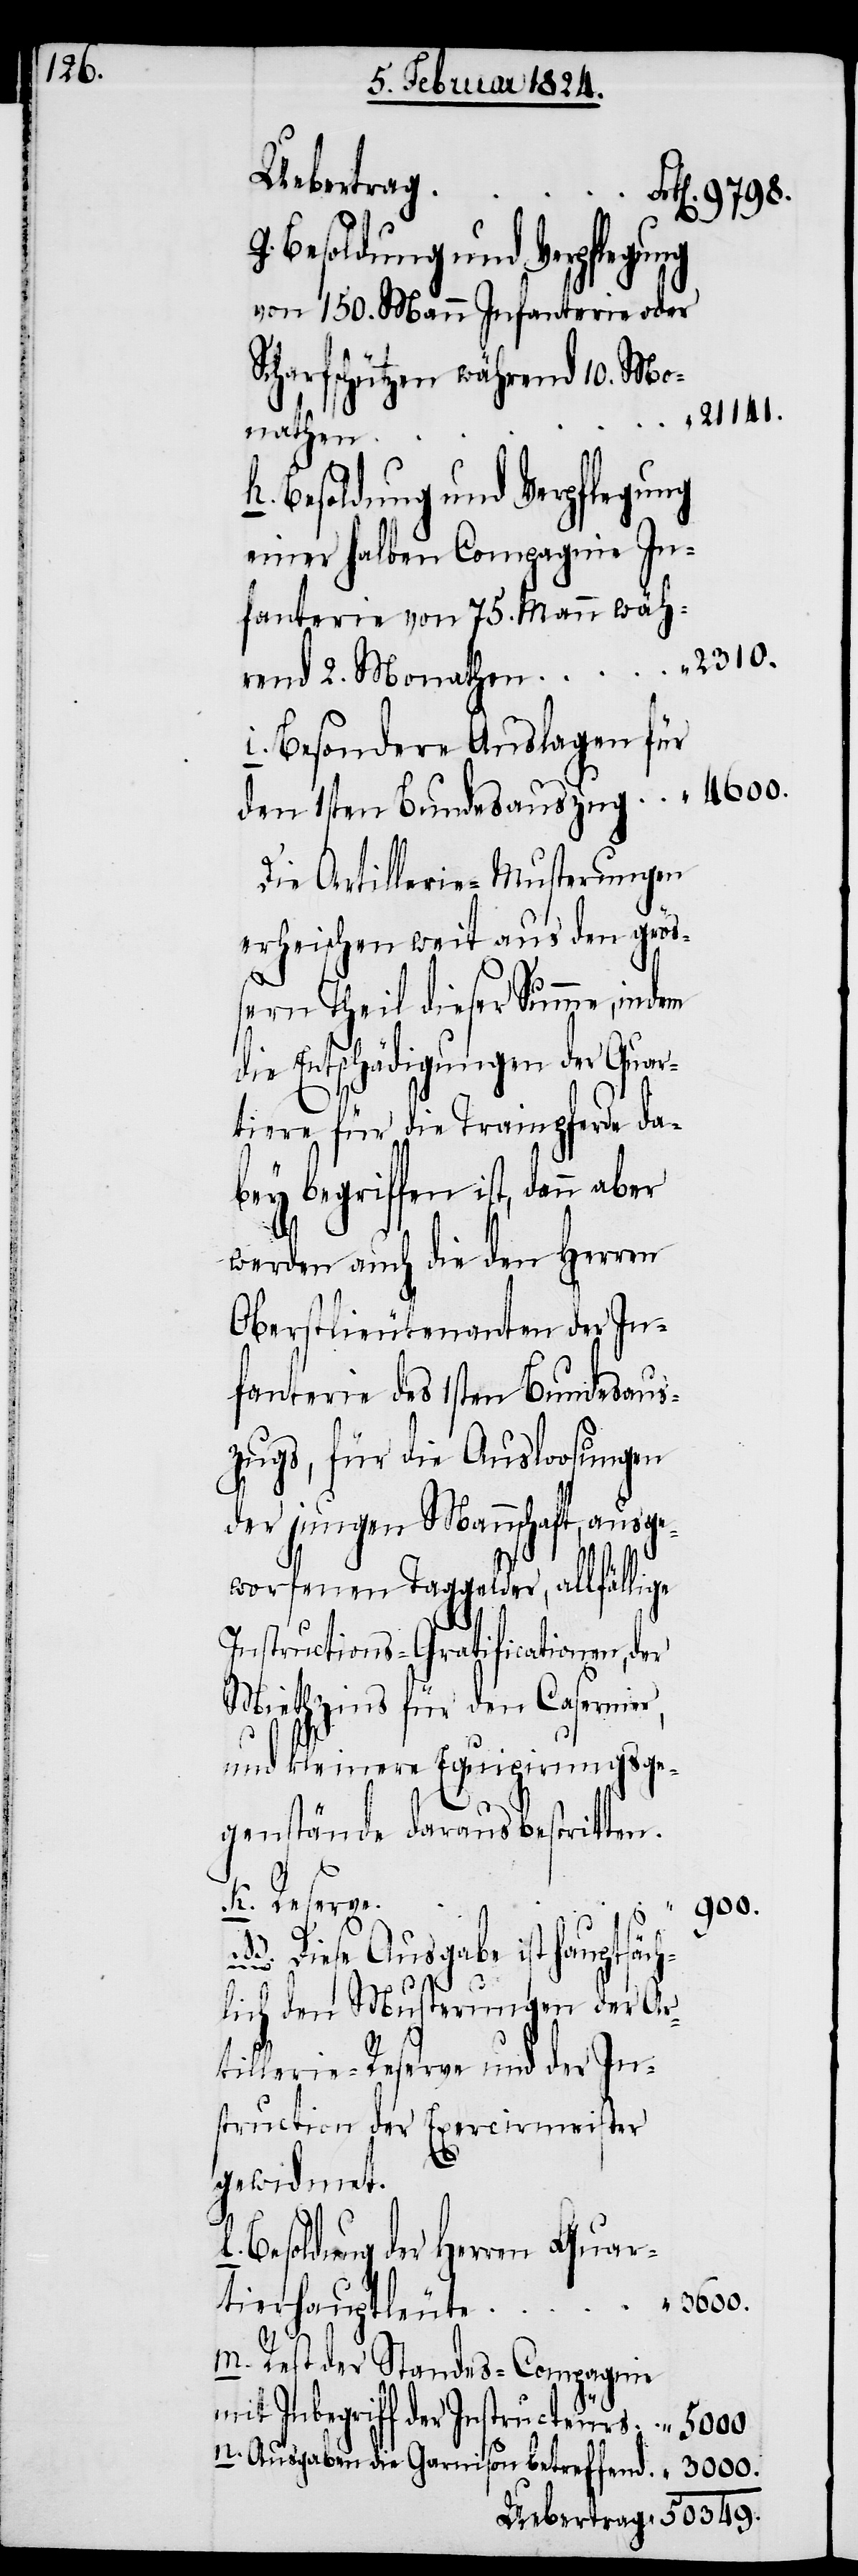
Uebertrag
Besoldung und Verpflegung
von 150. Mann Infanterie oder
Scharfschützen während 10. Mo¬
21141.
nathen
Besoldung und Verpflegung
einer halben Compagnie In¬
fanterie von 75. Mann wäh¬
Besondere Auslagen für
den 1sten Bundesauszug
Die Artillerie-Musterungen
erheischen weit aus den größ¬
ern Theil dieser Summe, indem
die Entschädigung der Quar¬
tiere für die Trainpferde da¬
bey begriffen ist, dann
werden auch die den Herren
Oberstlieutenant der In¬
fanterie des 1sten Bundesaus¬
zugs, für die Ausloosungen
der jungen Mannschaft, ausge¬
worfenen Taggelder, allfällige
Instructions-Gratificationen,
Miethzins für den Casernie¬
und kleinere Equipirungsge¬
genstände daraus bestritten.
Reserve.
900.
r,
NB. Diese Ausgabe ist hauptsäch¬
lich den Musterungen der Ar¬
tillerie-Reserve und der In¬
struction der Execirmeister
gewidmet.
Besoldung der Herren Quar¬
tierhauptleute
Rest der Standes-Compagnie
Inbegriff der Instructeurs
5000.
Ausgaben die Garnison betreffend.
3000.